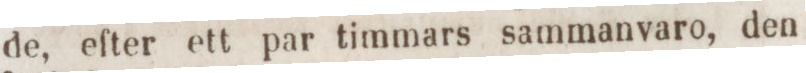
de, efter ett par timmars sammanvaro, den